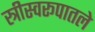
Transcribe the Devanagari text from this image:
स्त्रीस्वरूपातले